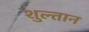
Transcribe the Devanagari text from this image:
शुल्तान